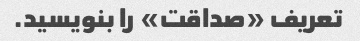
تعریف «صداقت» را بنویسید.